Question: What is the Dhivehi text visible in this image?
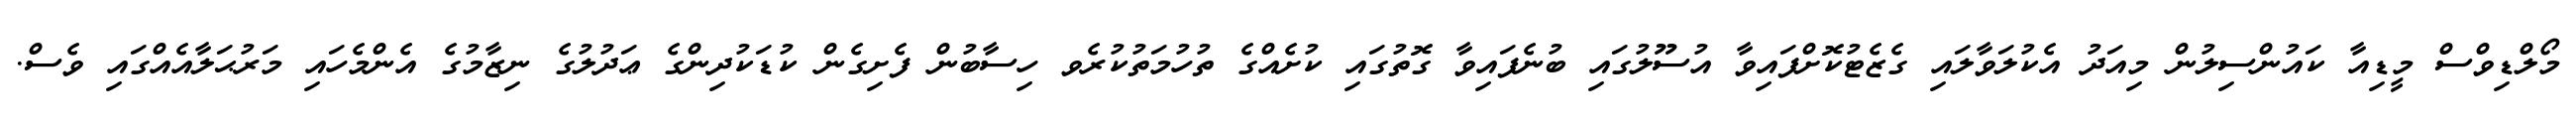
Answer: މޯލްޑިވްސް މީޑިއާ ކައުންސިލުން މިއަދު އެކުލަވާލައި ގެޒެޓުކޮށްފައިވާ އުސޫލުގައި ބުނެފައިވާ ގޮތުގައި ކުށެއްގެ ތުހުމަތުކުރެވ ހިސާބުން ފެށިގެން ކުޑަކުދިންގެ ޢަދުލުގެ ނިޒާމުގެ އެންމެހައި މަރުޙަލާއެއްގައި ވެސް.